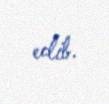
edib.